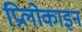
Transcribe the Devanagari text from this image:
प्रिलोकाइन